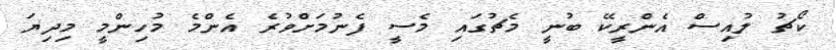
ކޯޗު ލުއިސް އެންރީކޭ ބުނީ މެޗުގައި މެސީ ފެނުމަށްވުރެ އެންމެ މުހިންމީ މިދިޔަ